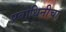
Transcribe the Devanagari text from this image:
प्रबोधिनीचा